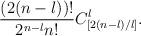
LaTeX: \begin{align*} \frac{(2(n-l))!}{2^{n-l}n!} C_{[2(n-l)/l]}^l.\end{align*}